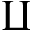
\amalg